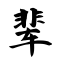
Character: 辈